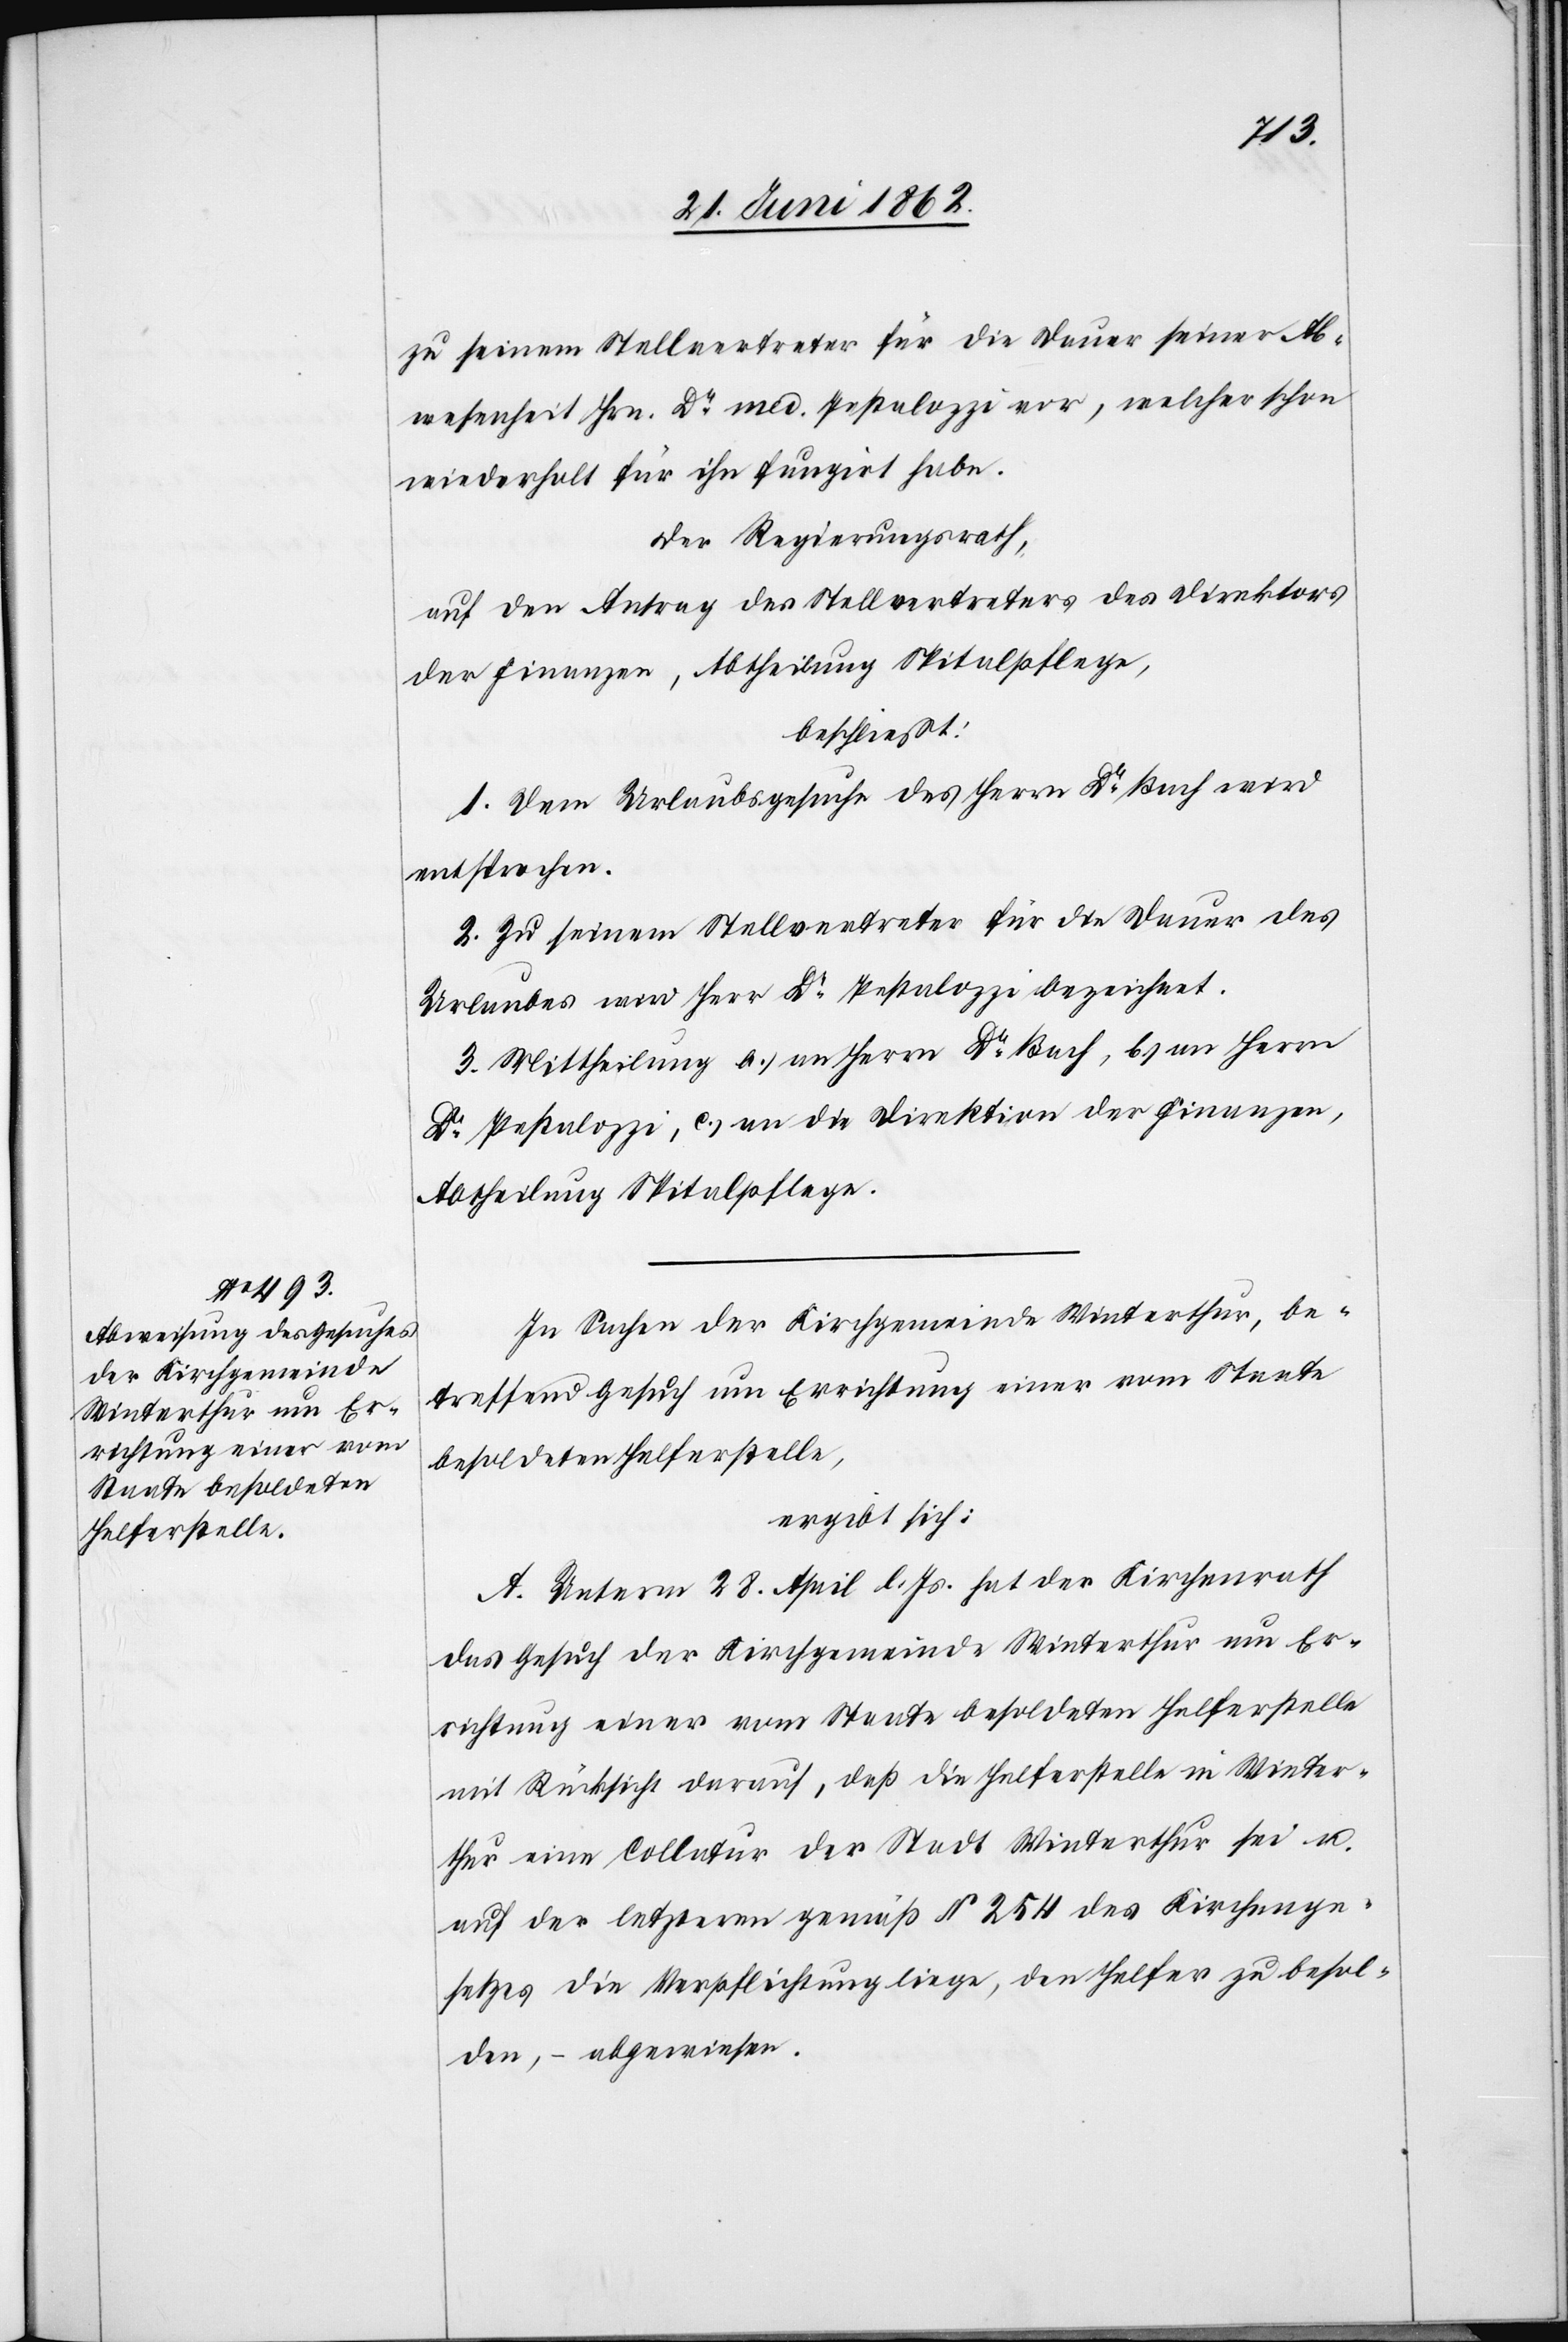
zu seinem Stellvertreter für die Dauer seiner Ab¬
wesenheit Hrn. Dr. med. Pestalozzi vor, welcher schon
wiederholt für ihn fungirt habe.
Der Regierungsrath,
auf den Antrag des Stellvertreters des Direktors
der Finanzen, Abtheilung Spitalpflege,
beschließt:
1. Dem Urlaubsgesuche des Herrn Dr. Bach wird
entsprochen.
2. Zu seinem Stellvertreter für die Dauer des
Urlaubes wird Herr Dr. Pestalozzi bezeichnet.
3. Mittheilung a) an Herrn Dr. Bach, b) an Herrn
Dr. Pestalozzi, c) an die Direktion der Finanzen,
Abtheilung Spitalpflege.
In Sachen der Kirchgemeinde Winterthur, be¬
treffend Gesuch um Errichtung einer vom Staate
besoldeten Helferstelle,
ergibt sich:
A. Unterm 28. April l. Js. hat der Kirchenrath
das Gesuch der Kirchgemeinde Winterthur um Er¬
richtung einer vom Staate besoldeten Helferstelle
mit Rücksicht darauf, daß die Helferstelle in Winter¬
thur eine Collatur der Stadt Winterthur sei u.
auf der letzteren gemäß § 254 des Kirchenge¬
setzes die Verpflichtung liege, den Helfer zu besol¬
den, – abgewiesen.